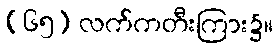
(၆၅) လက်ကတီးကြား၌။